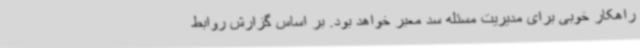
راهکار خوبی برای مدیریت مسئله سد معبر خواهد بود. بر اساس گزارش روابط